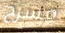
مسرح